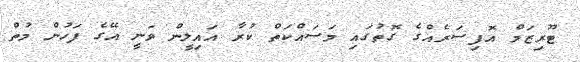
ޓޫރިޒަމް އޮފިސަރެއްގެ ގޮތުގައި މަސައްކަތް ކުރާ އައިލީން ވަނީ އޭގެ ފަހުން މުތް